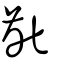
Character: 齔